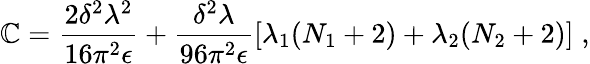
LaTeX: \mathbb{C}=\frac{{2\delta^{2}\lambda^{2}}}{{16\pi^{2}\epsilon}}+\frac{{\delta^{2}\lambda}}{{96\pi^{2}\epsilon}}\left[\lambda_{1}(N_{1}+2)+\lambda_{2}(N_{2}+2)\right]\; ,